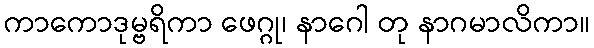
ကာကောဒုမ္ဗရိကာ ဖေဂ္ဂု၊ နာဂေါ တု နာဂမာလိကာ။